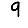
Digit: 9